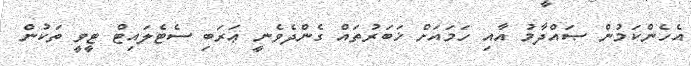
އެހެންކަމުން ޞައްދާމު އާއި ހަމައަށް ޚަބަރުތައް ގެންދެވެނީ ޢަރަބި ސެޓެލައިޓް ޓީވީ ތަކުން